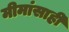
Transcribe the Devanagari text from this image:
मीमांसाही